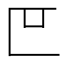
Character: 𫧋